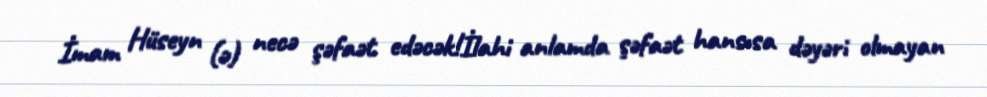
İmam Hüseyn (ə) necə şəfaət edəcək!İlahi anlamda şəfaət hansısa dəyəri olmayan